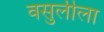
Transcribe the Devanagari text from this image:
वसुलीला